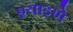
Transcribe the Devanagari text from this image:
श्याइणे